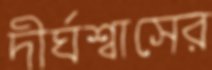
দীর্ঘশ্বাসের